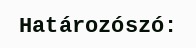
Határozószó: